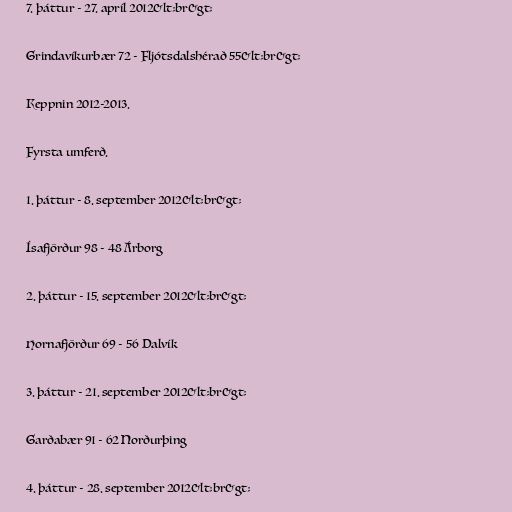
7. þáttur - 27. apríl 2012&lt;br&gt;

Grindavíkurbær 72 - Fljótsdalshérað 55&lt;br&gt;

Keppnin 2012-2013.

Fyrsta umferð.

1. þáttur - 8. september 2012&lt;br&gt;

Ísafjörður 98 - 48 Árborg

2. þáttur - 15. september 2012&lt;br&gt;

Hornafjörður 69 - 56 Dalvík

3. þáttur - 21. september 2012&lt;br&gt;

Garðabær 91 - 62 Norðurþing

4. þáttur - 28. september 2012&lt;br&gt;